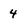
Character: 4